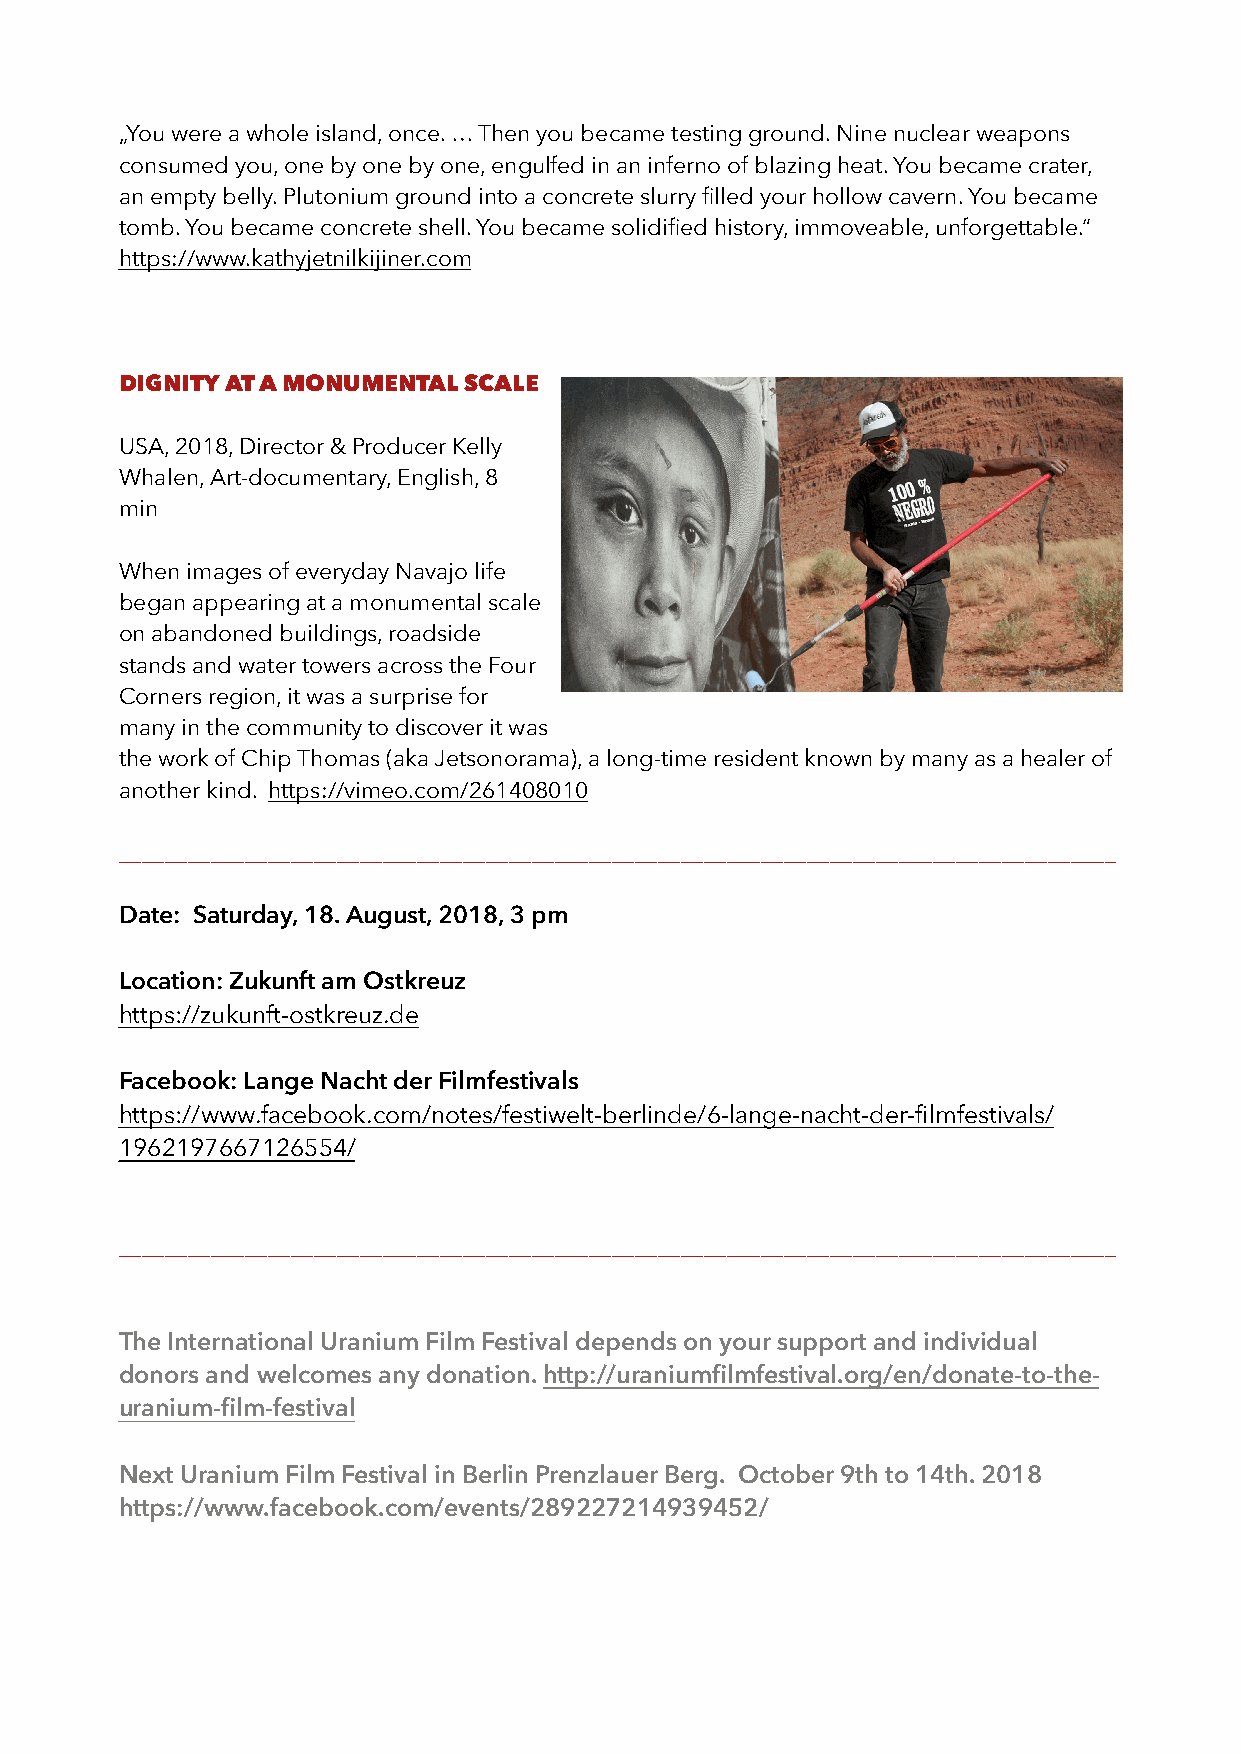
„You were a whole island, once. … Then you became testing ground. Nine nuclear weapons
 consumed you, one by one by one, engulfed in an inferno of blazing heat. You became crater,
 an empty belly. Plutonium ground into a concrete slurry filled your hollow cavern. You became
 tomb. You became concrete shell. You became solidified history, immoveable, unforgettable.“
 https://www.kathyjetnilkijiner.com
 DIGNITY AT A MONUMENTAL SCALE
 USA, 2018, Director & Producer Kelly
 Whalen, Art-documentary, English, 8
 min
 When images of everyday Navajo life
 began appearing at a monumental scale
 on abandoned buildings, roadside
 stands and water towers across the Four
 Corners region, it was a surprise for
 many in the community to discover it was
 the work of Chip Thomas (aka Jetsonorama), a long-time resident known by many as a healer of
 another kind. https://vimeo.com/261408010
 _______________________________________________________________________________________
 Date: Saturday, 18. August, 2018, 3 pm
 Location: Zukunft am Ostkreuz
 https://zukunft-ostkreuz.de
 Facebook: Lange Nacht der Filmfestivals
 https://www.facebook.com/notes/festiwelt-berlinde/6-lange-nacht-der-filmfestivals/
 1962197667126554/
 _______________________________________________________________________________________
 The International Uranium Film Festival depends on your support and individual
 donors and welcomes any donation. http://uraniumfilmfestival.org/en/donate-to-the-
 uranium-film-festival
 Next Uranium Film Festival in Berlin Prenzlauer Berg. October 9th to 14th. 2018
 https://www.facebook.com/events/289227214939452/